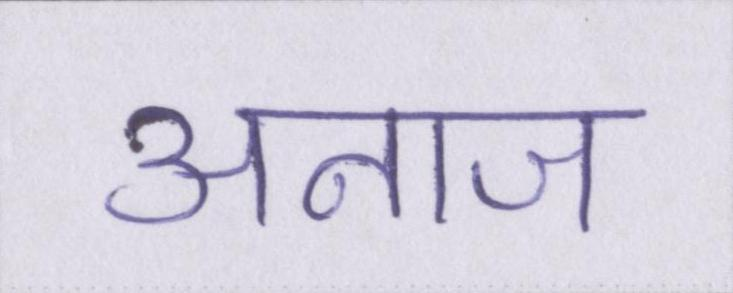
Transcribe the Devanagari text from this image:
अनाज